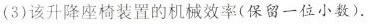
(3)该升降座椅装置的机械效率(保留一位小数).